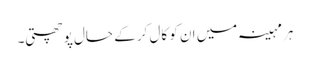
ہر مہینہ میں ان کو کال کر کے حال پوچھتی۔